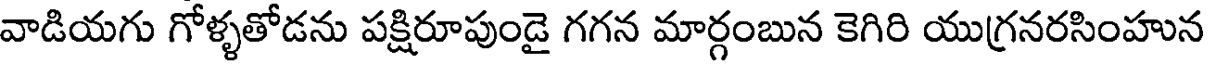
వాడియగు గోళ్ళతోడను పక్షిరూపుండై గగన మార్గంబున కెగిరి యుగ్రనరసింహున